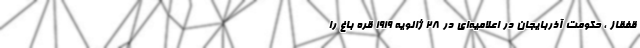
قفقاز ، حکومت آذربایجان در اعلامیه‌ای در 28 ژانویه 1919 قره باغ را